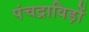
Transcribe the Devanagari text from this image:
पंचद्राविड़ों